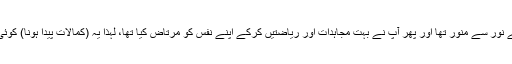
آپ کا دل اخلاصِ عظیم کے نور سے منور تھا اور پھر آپ نے بہت مجاہدات اور ریاضتیں کرکے اپنے نفس کو مرتاض کیا تھا، لہٰذا یہ (کمالات پیدا ہونا) کوئی ایسی تعجب کی بات نہیں۔